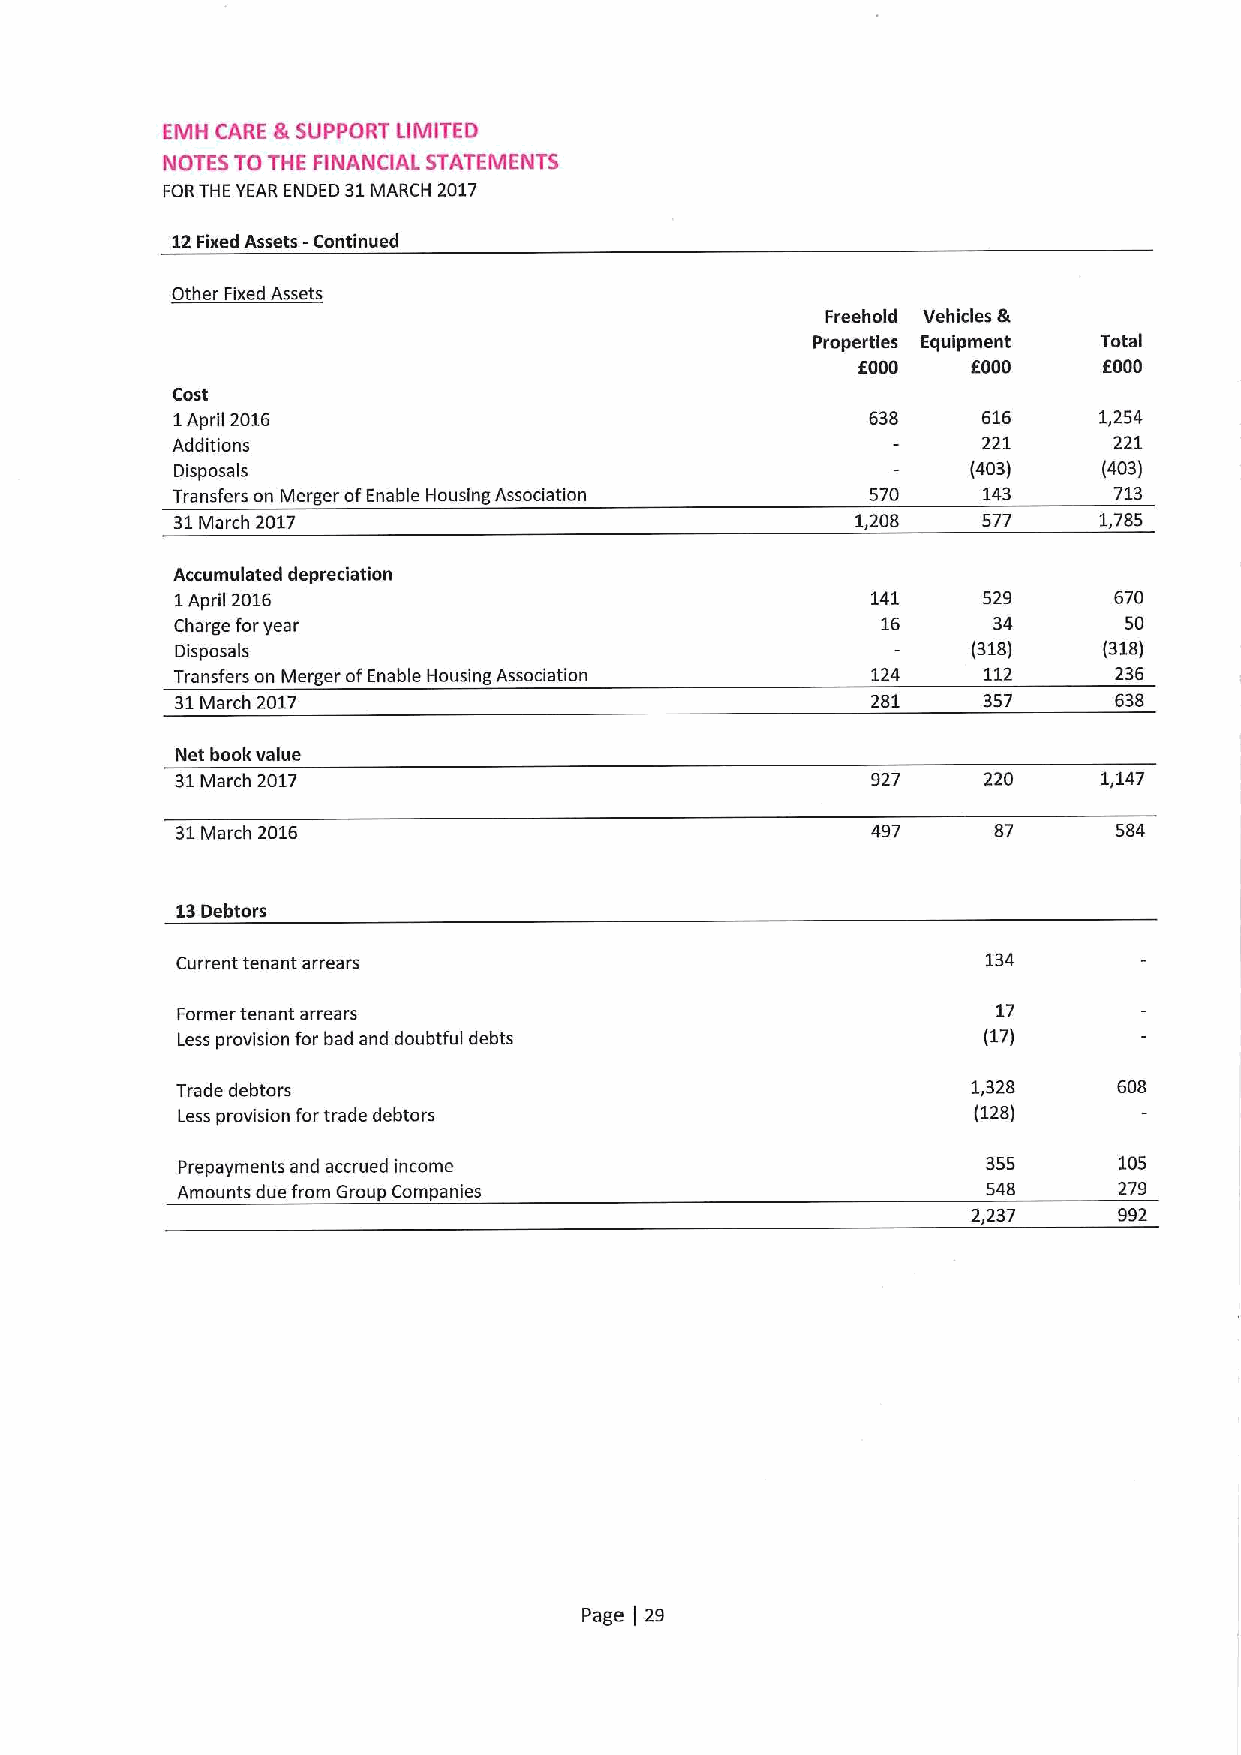
EMH CARE &SUPPORT LIMITED
 NOTES TO THE FINANCIAL STATEMENTS
 FORTHE YEAR ENDED 31MARCH 2017
 12Fixed Assets -Continued
 Other Fixed Assets
 Freehold Vehicles &
 Properties Equipment Total
 6000   f000     6000
 Cost
 1April 2016                                    638    616     1,254
 Additions                                             221      221
 Disposals                                           (403)    (403)
 Transfers on Merger ofEnable Housing Association 570  143      713
 31March 2017                                  1,208   577     1,785
 Accumulated depreciation
 1April 2016                                   141    529      670
 Charge foryear                                16      34      50
 Disposals                                           (318)    (318)
 Transfers on Merger ofEnable Housing Association 124 112      236
 31March 2017                                  281    357      638
 Net book value
 31March 2017                                  927    220     1(147
 31March 2016                                  497     87      584
 13Debtors
 Current tenant arrears                               134
 Former tenant arrears                                 17
 Less provision for bad and doubtful debts            (17)
 Trade debtors                                       1,328     608
 Less provision fortrade debtors                      (128)
 Prepayments and accrued income                       355      105
 Amounts due from Group Companies                     548      279
 2,237     992
 Page 29
 )